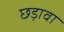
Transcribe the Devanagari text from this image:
छड़ावा